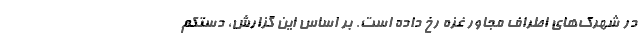
در شهرک‌های اطراف مجاور غزه رخ داده است. بر اساس این گزارش، دستکم